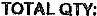
TOTAL QTY: